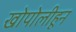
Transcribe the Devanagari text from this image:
खोपोलीहून